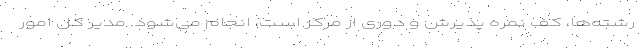
رشته‌ها، کف نمره پذیرش و دوری از مرکز است، انجام می‌شود. مدیر کل امور